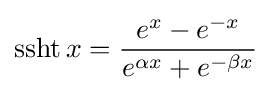
\operatorname {ssht} x={\frac {e^{x}-e^{-x}}{e^{\alpha x}+e^{-\beta x}}}